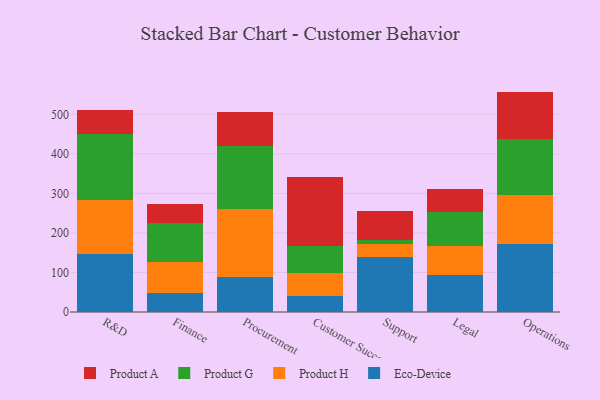
{"axis": {"x": "Department", "y": "Revenue (USD Million)"}, "legend": ["Eco-Device", "Product A", "Product G", "Product H"], "data": [{"x": "R&D", "y": 146.4, "type": "Eco-Device"}, {"x": "R&D", "y": 136.2, "type": "Product H"}, {"x": "R&D", "y": 167.1, "type": "Product G"}, {"x": "R&D", "y": 61.8, "type": "Product A"}, {"x": "Finance", "y": 47.7, "type": "Eco-Device"}, {"x": "Finance", "y": 80.0, "type": "Product H"}, {"x": "Finance", "y": 97.9, "type": "Product G"}, {"x": "Finance", "y": 47.4, "type": "Product A"}, {"x": "Procurement", "y": 89.7, "type": "Eco-Device"}, {"x": "Procurement", "y": 171.0, "type": "Product H"}, {"x": "Procurement", "y": 159.2, "type": "Product G"}, {"x": "Procurement", "y": 85.0, "type": "Product A"}, {"x": "Customer Success", "y": 41.1, "type": "Eco-Device"}, {"x": "Customer Success", "y": 57.1, "type": "Product H"}, {"x": "Customer Success", "y": 67.6, "type": "Product G"}, {"x": "Customer Success", "y": 175.8, "type": "Product A"}, {"x": "Support", "y": 139.1, "type": "Eco-Device"}, {"x": "Support", "y": 32.6, "type": "Product H"}, {"x": "Support", "y": 9.4, "type": "Product G"}, {"x": "Support", "y": 73.6, "type": "Product A"}, {"x": "Legal", "y": 92.9, "type": "Eco-Device"}, {"x": "Legal", "y": 73.1, "type": "Product H"}, {"x": "Legal", "y": 87.0, "type": "Product G"}, {"x": "Legal", "y": 57.0, "type": "Product A"}, {"x": "Operations", "y": 171.7, "type": "Eco-Device"}, {"x": "Operations", "y": 124.6, "type": "Product H"}, {"x": "Operations", "y": 141.4, "type": "Product G"}, {"x": "Operations", "y": 119.7, "type": "Product A"}]}